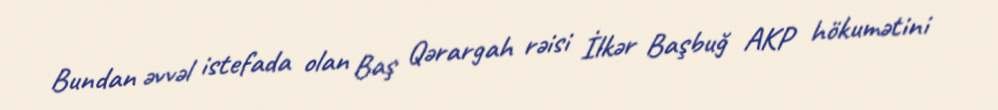
Bundan əvvəl istefada olan Baş Qərargah rəisi İlkər Başbuğ AKP hökumətini